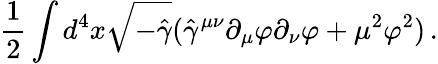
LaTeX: {\frac{1}{2}}\int d^{4}x\sqrt{-\hat{\gamma}}(\hat{\gamma}^{\mu\nu}\partial_{\mu}\varphi\partial_{\nu}\varphi+\mu^{2}\varphi^{2})\, .